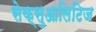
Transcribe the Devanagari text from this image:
सेक्सुआलिटिज